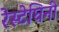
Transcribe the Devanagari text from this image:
रेस्टेघिनी